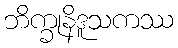
ဘိက္ခုနိဒူသကဿ